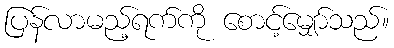
ပြန်လာမည့်ရက်ကို စောင့်မျှော်သည်။